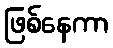
ဖြစ်နေကာ